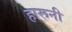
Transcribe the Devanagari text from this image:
हारूनी